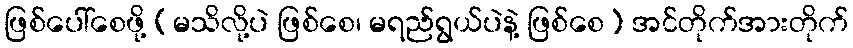
ဖြစ်ပေါ်စေဖို့ (မသိလို့ပဲ ဖြစ်စေ၊ မရည်ရွယ်ပဲနဲ့ ဖြစ်စေ) အင်တိုက်အားတိုက်